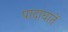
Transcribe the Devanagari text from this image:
पादाघातें